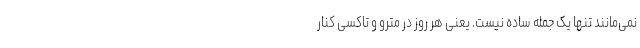
نمی‌مانند تنها یک جمله ساده نیست. یعنی هر روز در مترو و تاکسی کنار